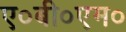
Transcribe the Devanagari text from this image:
ए०बी०एम०